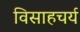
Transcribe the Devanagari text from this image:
विसाहचर्य